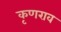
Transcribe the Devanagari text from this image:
कृणराव